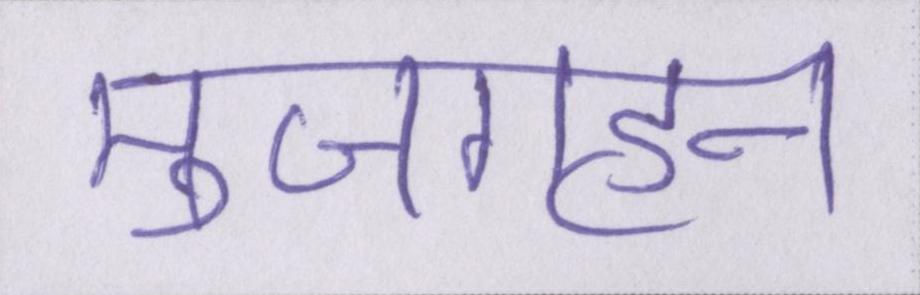
मुजगहन